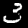
Digit: 3